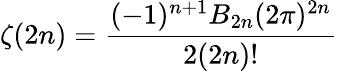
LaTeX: \zeta(2n)={\frac{(-1)^{n+1}B_{2n}(2\pi)^{2n}}{2(2n)!}}